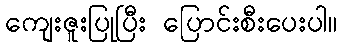
ကျေးဇူးပြုပြီး ပြောင်းစီးပေးပါ။